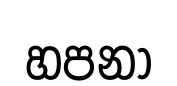
හපනා